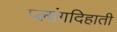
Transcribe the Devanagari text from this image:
प्लांगदिहाती